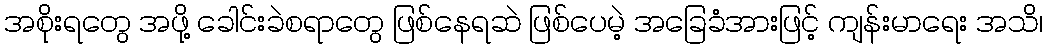
အစိုးရတွေ အဖို့ ခေါင်းခဲစရာတွေ ဖြစ်နေရဆဲ ဖြစ်ပေမဲ့ အခြေခံအားဖြင့် ကျန်းမာရေး အသိ၊